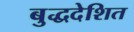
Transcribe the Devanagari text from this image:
बुद्धदेशित